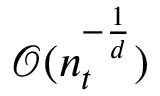
\mathcal { O } ( n _ { t } ^ { - \frac { 1 } { d } } )